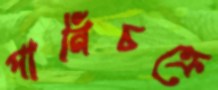
পানিচক্রে